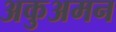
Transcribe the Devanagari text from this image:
अकुअमन